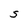
Character: S